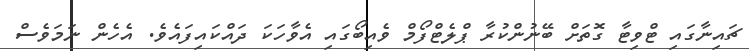
ޗައިނާގައި ޓްވިޓާ ގޮތަށް ބޭނުންކުރާ ޕްލެޓްފޯމް ވެއިބޯގައި އެވާހަކަ ދައްކައިފައެވެ. އެހެން ނަމަވެސް